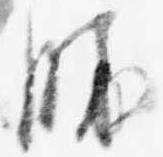
勝